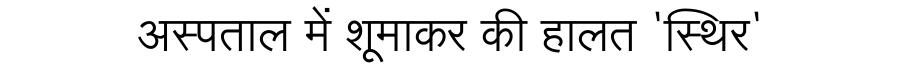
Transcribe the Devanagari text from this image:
अस्पताल में शूमाकर की हालत 'स्थिर'